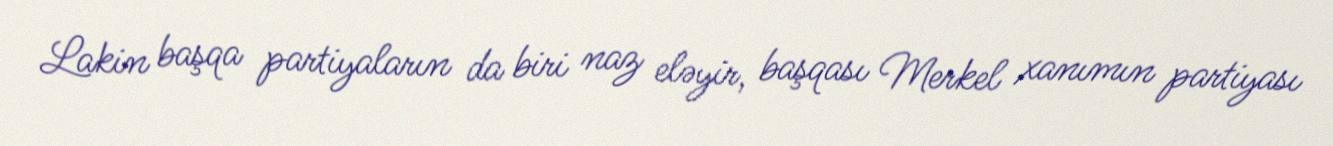
Lakin başqa partiyaların da biri naz eləyir, başqası Merkel xanımın partiyası